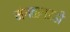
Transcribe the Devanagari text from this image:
मंगळगडही